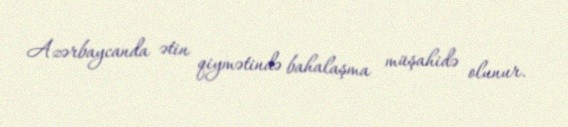
Azərbaycanda ətin qiymətində bahalaşma müşahidə olunur.